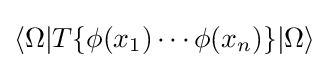
\langle \Omega |T\{\phi (x_{1})\cdots \phi (x_{n})\}|\Omega \rangle